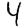
Digit: 4